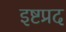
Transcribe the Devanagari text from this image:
इष्टप्रद